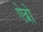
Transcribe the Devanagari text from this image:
ऐव्रो